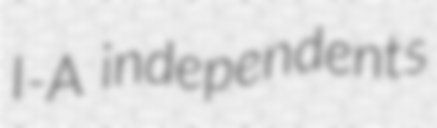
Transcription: I-A independents